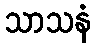
သာသနံ